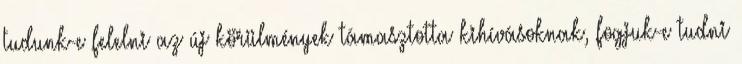
tudunk-e felelni az új körülmények támasztotta kihívásoknak, fogjuk-e tudni